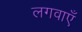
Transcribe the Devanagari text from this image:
लगवाएँ